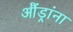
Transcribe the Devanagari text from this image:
औंड्रांना